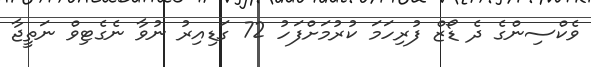
ވެކްސިންގެ ދެ ޑޯޒް ފުރިހަމަ ކުރުމަށްފަހު 72 ގަޑިއިރު ނުވާ ނެގެޓިވް ނަތީޖާ